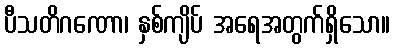
ပီသတိဂဏော၊ နှစ်ကျိပ် အရေအတွက်ရှိသော။